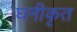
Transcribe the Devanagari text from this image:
घनीकृत